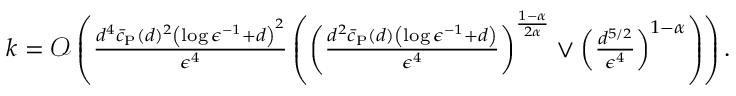
\begin{array} { r } { k = \mathcal { O } \left( \frac { d ^ { 4 } \Bar { c } _ { \mathrm { P } } ( d ) ^ { 2 } \left( \log \epsilon ^ { - 1 } + d \right) ^ { 2 } } { \epsilon ^ { 4 } } \left( \left( \frac { d ^ { 2 } \Bar { c } _ { \mathrm { P } } ( d ) \left( \log \epsilon ^ { - 1 } + d \right) } { \epsilon ^ { 4 } } \right) ^ { \frac { 1 - \alpha } { 2 \alpha } } \vee \left( \frac { d ^ { 5 / 2 } } { \epsilon ^ { 4 } } \right) ^ { 1 - \alpha } \right) \right) . } \end{array}